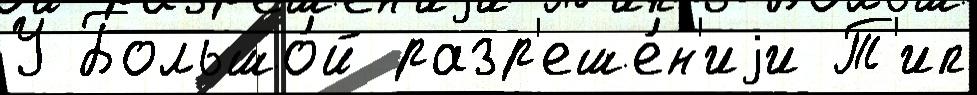
У Большо́й разр'еше́н'иjи Т'ип